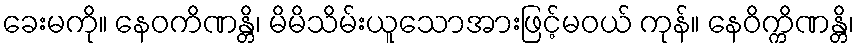
ခေးမကို။ နေဝကိဏန္တိ၊ မိမိသိမ်းယူသောအားဖြင့်မဝယ် ကုန်။ နေဝိက္ကိဏန္တိ၊